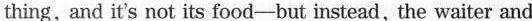
thing,and it's not its food-but instead , the waiter and